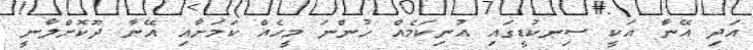
އަދި އޭނާ އަކީ ސިނކުޑީގައި އުނިކަމެއް ހުންނަ މީހެއް ކަމަށާއި އޭނާ ދޫކޮށްލާނީ